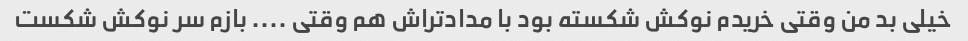
خیلی بد من وقتی خریدم نوکش شکسته بود با مدادتراش هم وقتی .... بازم سر نوکش شکست